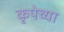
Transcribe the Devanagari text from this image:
कृपेच्या